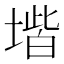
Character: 𡏨